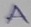
Text: A